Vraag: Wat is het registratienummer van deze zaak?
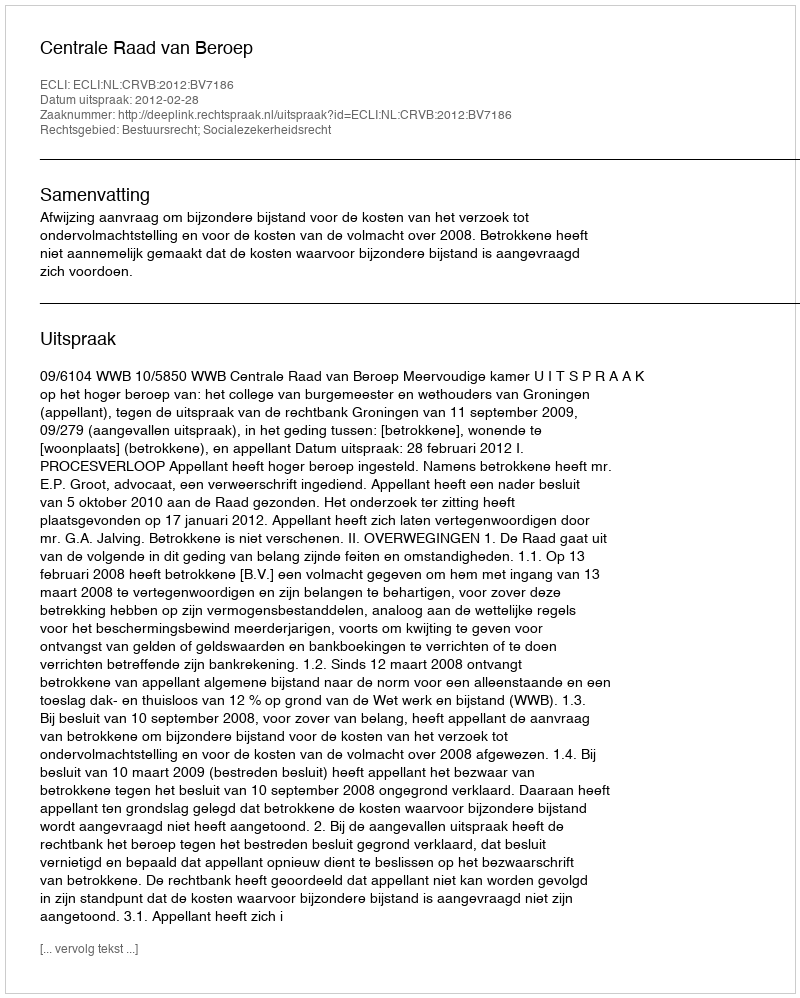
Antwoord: http://deeplink.rechtspraak.nl/uitspraak?id=ECLI:NL:CRVB:2012:BV7186